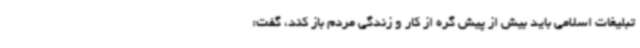
تبلیغات اسلامی باید بیش از پیش گره از کار و زندگی مردم باز کند، گفت: